Source: Handwritten
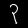
Digit: ၃ (3)